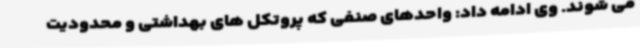
می شوند. وی ادامه داد: واحدهای صنفی که پروتکل های بهداشتی و محدودیت